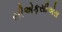
સીએફસીએસ